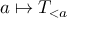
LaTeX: a \mapsto T _ { < a }